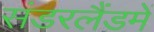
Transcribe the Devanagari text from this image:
संडरलैंडमें